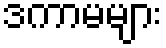
ဒကာမများ